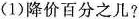
(1)降价百分之几?